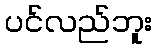
ပင်လည်ဘူး